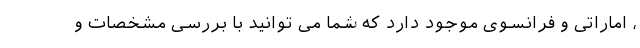
، اماراتی و فرانسوی موجود دارد که شما می توانید با بررسی مشخصات و